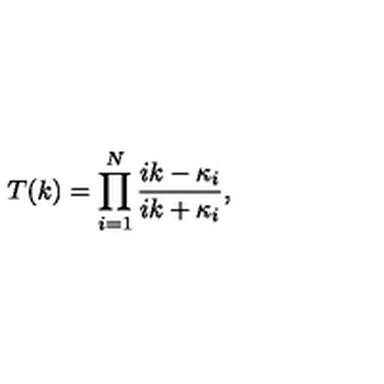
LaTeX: T ( k ) = \prod _ { i = 1 } ^ { N } { \frac { i k - \kappa _ { i } } { i k + \kappa _ { i } } } ,